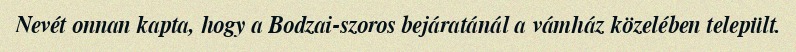
Nevét onnan kapta, hogy a Bodzai-szoros bejáratánál a vámház közelében települt.